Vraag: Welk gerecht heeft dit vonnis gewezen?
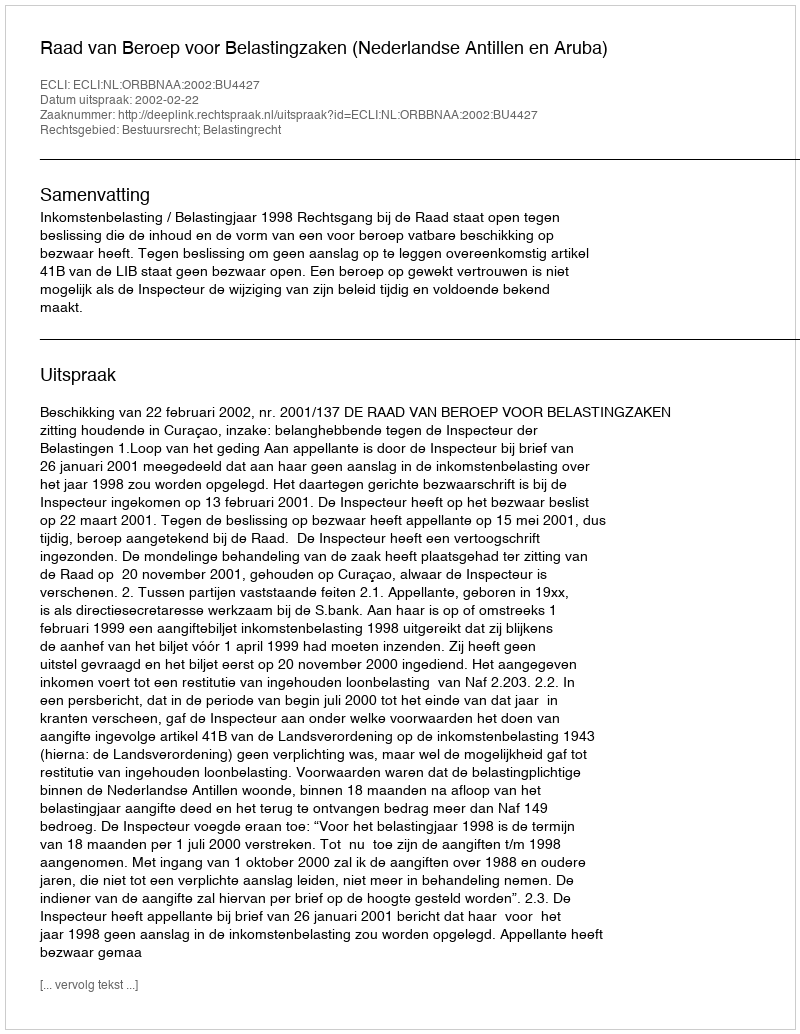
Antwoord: Raad van Beroep voor Belastingzaken (Nederlandse Antillen en Aruba)